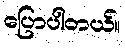
ပြောပါတယ်။